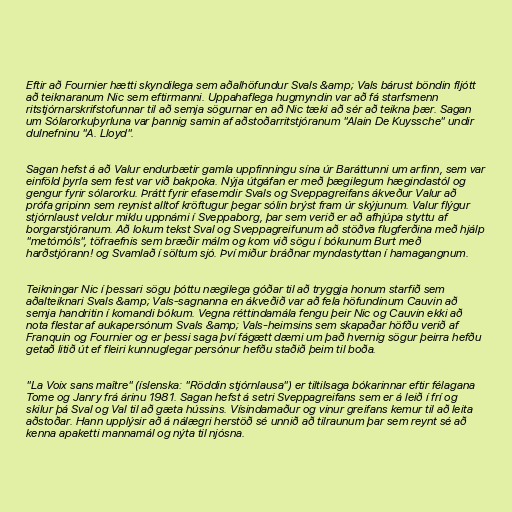
Eftir að Fournier hætti skyndilega sem aðalhöfundur Svals &amp; Vals bárust böndin fljótt
að teiknaranum Nic sem eftirmanni. Uppahaflega hugmyndin var að fá starfsmenn
ritstjórnarskrifstofunnar til að semja sögurnar en að Nic tæki að sér að teikna þær. Sagan
um Sólarorkuþyrluna var þannig samin af aðstoðarritstjóranum "Alain De Kuyssche" undir
dulnefninu "A. Lloyd".

Sagan hefst á að Valur endurbætir gamla uppfinningu sína úr Baráttunni um arfinn, sem var
einföld þyrla sem fest var við bakpoka. Nýja útgáfan er með þægilegum hægindastól og
gengur fyrir sólarorku. Þrátt fyrir efasemdir Svals og Sveppagreifans ákveður Valur að
prófa gripinn sem reynist alltof kröftugur þegar sólin brýst fram úr skýjunum. Valur flýgur
stjórnlaust veldur miklu uppnámi í Sveppaborg, þar sem verið er að afhjúpa styttu af
borgarstjóranum. Að lokum tekst Sval og Sveppagreifunum að stöðva flugferðina með hjálp
"metómóls", töfraefnis sem bræðir málm og kom við sögu í bókunum Burt með
harðstjórann! og Svamlað í söltum sjó. Því miður bráðnar myndastyttan í hamagangnum.

Teikningar Nic í þessari sögu þóttu nægilega góðar til að tryggja honum starfið sem
aðalteiknari Svals &amp; Vals-sagnanna en ákveðið var að fela höfundinum Cauvin að
semja handritin í komandi bókum. Vegna réttindamála fengu þeir Nic og Cauvin ekki að
nota flestar af aukapersónum Svals &amp; Vals-heimsins sem skapaðar höfðu verið af
Franquin og Fournier og er þessi saga því fágætt dæmi um það hvernig sögur þeirra hefðu
getað litið út ef fleiri kunnuglegar persónur hefðu staðið þeim til boða.

"La Voix sans maître" (íslenska: "Röddin stjórnlausa") er tiltilsaga bókarinnar eftir félagana
Tome og Janry frá árinu 1981. Sagan hefst á setri Sveppagreifans sem er á leið í frí og
skilur þá Sval og Val til að gæta hússins. Vísindamaður og vinur greifans kemur til að leita
aðstoðar. Hann upplýsir að á nálægri herstöð sé unnið að tilraunum þar sem reynt sé að
kenna apaketti mannamál og nýta til njósna.